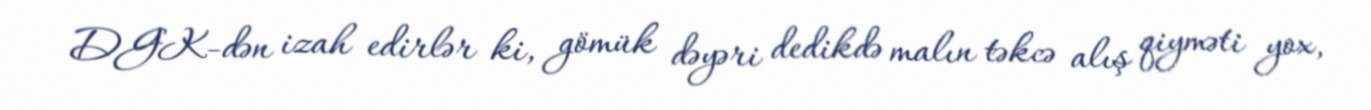
DGK-dən izah edirlər ki, gömük dəyəri dedikdə malın təkcə alış qiyməti yox,